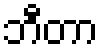
ဘီတာ